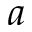
a